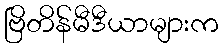
ဗြိတိန်မီဒီယာများက